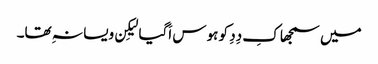
میں سمجھا کِ دِدِ کو ہوس اَگیا لیکِن ویسا نہِ تھا۔